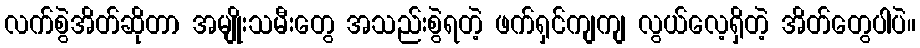
လက်စွဲအိတ်ဆိုတာ အမျိုးသမီးတွေ အသည်းစွဲရတဲ့ ဖက်ရှင်ကျကျ လွယ်လေ့ရှိတဲ့ အိတ်တွေပါပဲ။